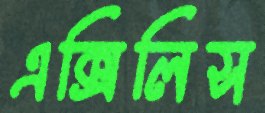
এক্সিলিস